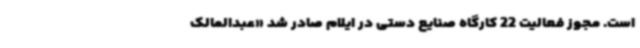
است. مجوز فعالیت 22 کارگاه صنایع دستی در ایلام صادر شد «عبدالمالک